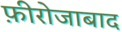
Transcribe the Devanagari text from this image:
फ़ीरोजाबाद